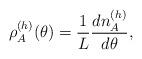
LaTeX: \begin{align*}\rho^{(h)}_{A}(\theta)= \frac{1}{L}\frac{d n_A^{(h)}}{d \theta},\end{align*}